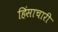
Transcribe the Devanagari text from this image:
हिंसाचारी